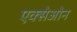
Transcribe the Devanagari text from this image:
एक्सेओन